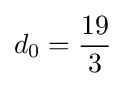
{\textstyle d_{0}={\dfrac {19}{3}}}